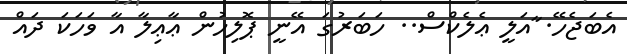
އެބަޖެހޭ. ާއަލީ ޢެލެކްސް.. ހަބަރުގަ އޭނީ ޕޮލިހުން ޢާޢިލާ އާ ވަހަކަ ދައް